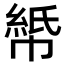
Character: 𫷏